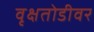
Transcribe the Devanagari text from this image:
वृक्षतोडीवर